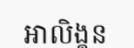
អាលិង្គន